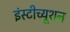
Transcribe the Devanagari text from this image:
इंस्‍टीच्‍यूशन